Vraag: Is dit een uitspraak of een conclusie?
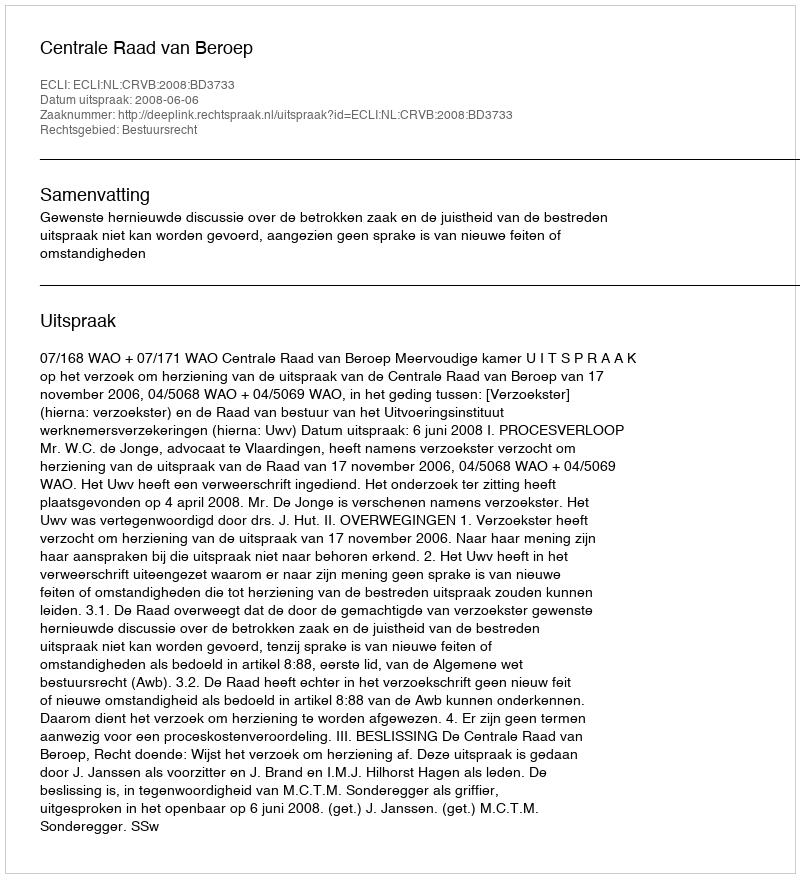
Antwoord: Uitspraak